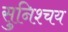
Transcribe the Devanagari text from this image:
सुनिश्चय